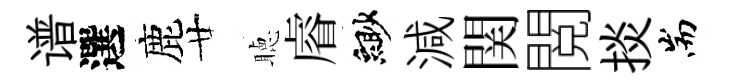
谱選鹿廿聴𥈠緲減関閲掞耑